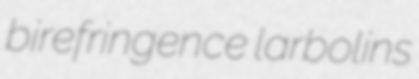
birefringence larbolins